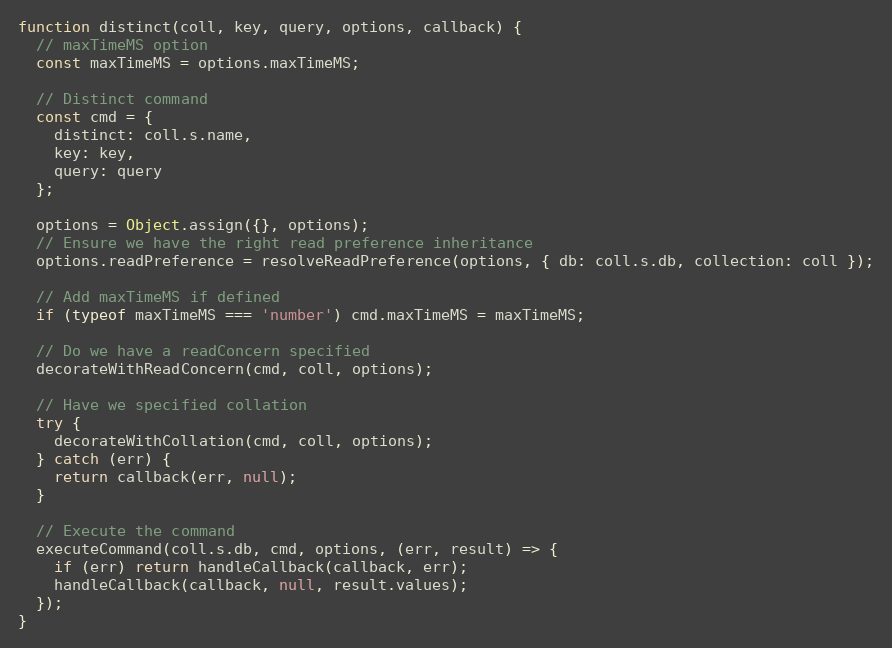
Language: JavaScript
function distinct(coll, key, query, options, callback) {
  // maxTimeMS option
  const maxTimeMS = options.maxTimeMS;

  // Distinct command
  const cmd = {
    distinct: coll.s.name,
    key: key,
    query: query
  };

  options = Object.assign({}, options);
  // Ensure we have the right read preference inheritance
  options.readPreference = resolveReadPreference(options, { db: coll.s.db, collection: coll });

  // Add maxTimeMS if defined
  if (typeof maxTimeMS === 'number') cmd.maxTimeMS = maxTimeMS;

  // Do we have a readConcern specified
  decorateWithReadConcern(cmd, coll, options);

  // Have we specified collation
  try {
    decorateWithCollation(cmd, coll, options);
  } catch (err) {
    return callback(err, null);
  }

  // Execute the command
  executeCommand(coll.s.db, cmd, options, (err, result) => {
    if (err) return handleCallback(callback, err);
    handleCallback(callback, null, result.values);
  });
}